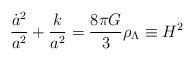
LaTeX: \begin{align*}\frac{\dot a^2}{a^2} +\frac{k}{a^2} = \frac{8\pi G }{3} \rho_\Lambda \equiv H^2\end{align*}